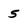
Character: 5